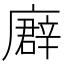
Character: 𢋖